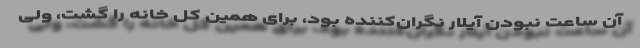
آن ساعت نبودن آیلار نگران‌کننده بود، برای همین کل خانه را گشت، ولی